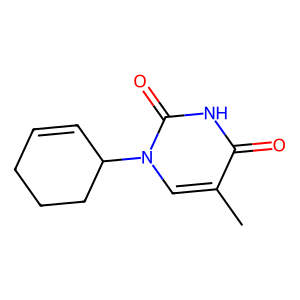
SMILES: Cc1cn(C2C=CCCC2)c(=O)[nH]c1=O
Inhibits HIV replication: No